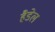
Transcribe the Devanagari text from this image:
हैडेल